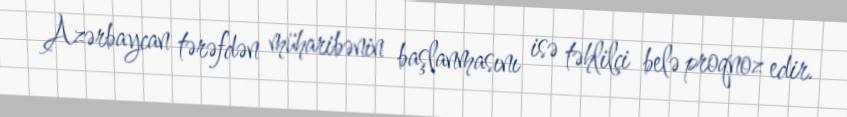
Azərbaycan tərəfdən müharibənin başlanmasını isə təhlilçi belə proqnoz edir.